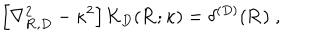
\left[ \nabla _ { { \bf R } , { D } } ^ { 2 } - \kappa ^ { 2 } \right] { \mathcal K } _ { { D } } ( { \bf R } ; \kappa ) = \delta ^ { ( { D } ) } ( { \bf R } ) \; ,